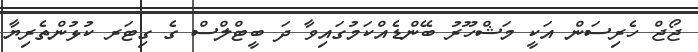
ޖޯޖް ހެރިސަން އަކީ މަޝްހޫރު ބޭންޑެއްކަމުގައިވާ ދަ ބީޓްލްސް ގެ ގިޓަރ ކުޅުންތެރިޔާ